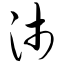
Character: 沛